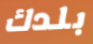
بلدك